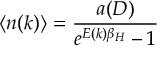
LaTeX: \langle n ( k ) \rangle = \frac { a ( D ) } { e ^ { E ( k ) \beta _ { H } } - 1 }